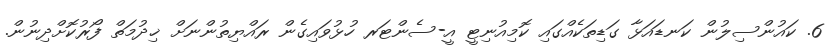
6. ކައުންސިލުން ކަނޑައަޅާ ގަޑިތަކެއްގައި ކޮމިއުނިޓީ އީ-ސެންޓަރ ހުޅުވައިގެން ރައްޔިތުންނަށް ޚިދުމަތް ފޯރުކޮށްދިނުން.